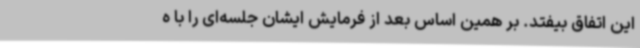
این اتفاق بیفتد. بر همین اساس بعد از فرمایش ایشان جلسه‌ای را با ه